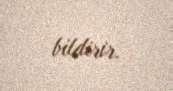
bildirir.